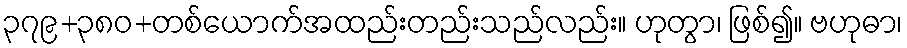
၃၇၉+၃၈၀+တစ်ယောက်အထည်းတည်းသည်လည်း။ ဟုတွာ၊ ဖြစ်၍။ ဗဟုဓာ၊